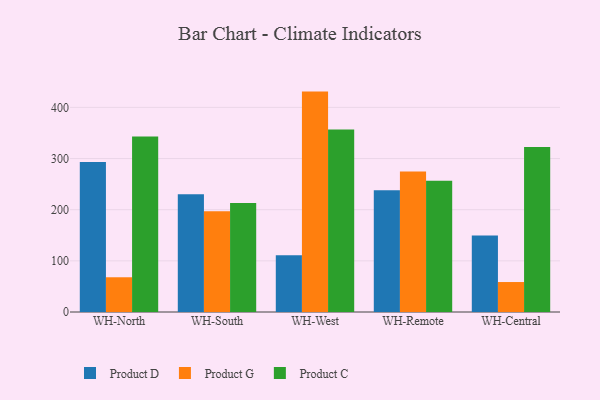
{"axis": {"x": "Warehouse", "y": "Market Share (%)"}, "legend": ["Product C", "Product D", "Product G"], "data": [{"x": "WH-North", "y": 293.3, "type": "Product D"}, {"x": "WH-North", "y": 67.9, "type": "Product G"}, {"x": "WH-North", "y": 342.9, "type": "Product C"}, {"x": "WH-South", "y": 230.4, "type": "Product D"}, {"x": "WH-South", "y": 197.1, "type": "Product G"}, {"x": "WH-South", "y": 213.3, "type": "Product C"}, {"x": "WH-West", "y": 111.1, "type": "Product D"}, {"x": "WH-West", "y": 430.9, "type": "Product G"}, {"x": "WH-West", "y": 357.0, "type": "Product C"}, {"x": "WH-Remote", "y": 237.9, "type": "Product D"}, {"x": "WH-Remote", "y": 274.8, "type": "Product G"}, {"x": "WH-Remote", "y": 256.7, "type": "Product C"}, {"x": "WH-Central", "y": 149.5, "type": "Product D"}, {"x": "WH-Central", "y": 58.6, "type": "Product G"}, {"x": "WH-Central", "y": 322.8, "type": "Product C"}]}